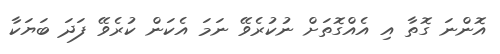
އޮންނަ ގޮތާ އި އެއްގޮތަށް ނުކުރެވޭ ނަމަ އެކަން ކުރެވޭ ފަދަ ބަޔަކާ